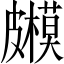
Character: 𥀳